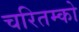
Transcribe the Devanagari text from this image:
चरितम्को